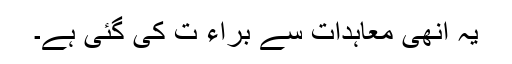
یہ اُنھی معاہدات سے براء ت کی گئی ہے۔